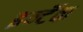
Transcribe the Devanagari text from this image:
इन्टॅक